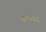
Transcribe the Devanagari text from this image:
सांभरवडी